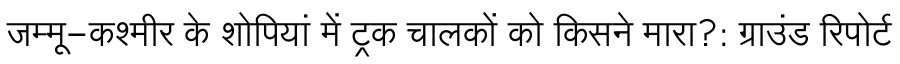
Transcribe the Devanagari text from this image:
जम्मू-कश्मीर के शोपियां में ट्रक चालकों को किसने मारा?: ग्राउंड रिपोर्ट